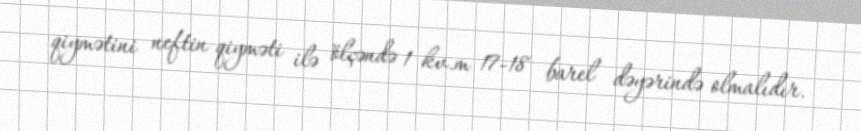
qiymətini neftin qiyməti ilə ölçəndə 1 kv.m 17-18 barel dəyərində olmalıdır.